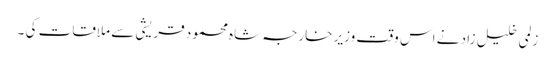
زلمی خلیل زاد نے اس وقت وزیر خارجہ شاہ محمود قریشی سے ملاقات کی ۔